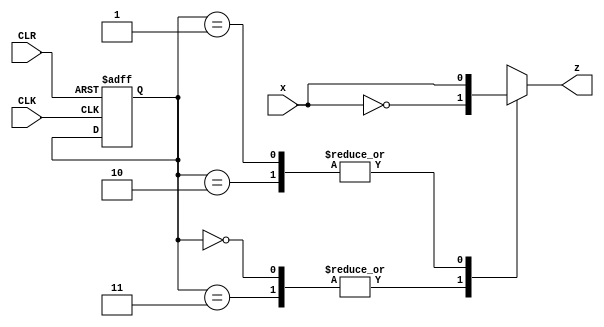
module HW6_P10(
	input x, CLK, CLR,
	output reg z);
	reg [1:0]state, nextstate;
	parameter S0 = 2'b00,S1 = 2'b01,S2 = 2'b10,S3 = 3'b11;
	always @ (posedge CLK, negedge CLR)
		if (CLR == 0) state <= S3; 
		else case (state)
						S0: if (x) nextstate <= S1;else nextstate <= S3;
						S1: if (x) nextstate <= S2;else nextstate <= S3;
						S2: if (x) nextstate <= S0;else nextstate <= S3;
						S3: if (x) nextstate <= S2;else nextstate <= S1;
		endcase
	always @ (state, x)
					case (state)
							S0,S3: z = ~x;
							S1,S2: z =  x;
					endcase
endmodule